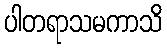
ပါတရာသမကာသိ